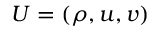
U = ( \rho , u , v )